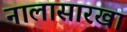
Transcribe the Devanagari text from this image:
नालासारखा